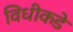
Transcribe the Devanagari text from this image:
विधीकडे